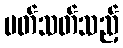
ပတ်သတ်သည့်